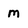
Character: m